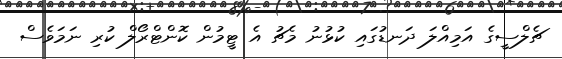
ޗެލްސީގެ އަމިއްލަ ދަނޑުގައި ކުޅުނު މެޗު އެ ޓީމުން ކޮންޓްރޯލް ކުރި ނަމަވެސް